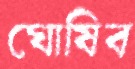
ঘোষিব